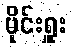
မိုင်းရှူး